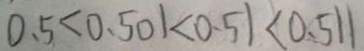
0 . 5 < 0 . 5 0 1 < 0 . 5 1 < 0 . 5 1 1